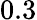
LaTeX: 0.3